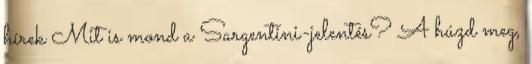
hírek Mit is mond a Sargentini-jelentés? A húzd meg,